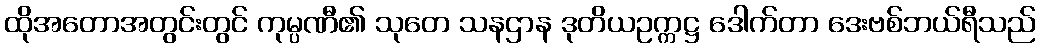
ထိုအတောအတွင်းတွင် ကုမ္ပဏီ၏ သုတေ သနဌာန ဒုတိယဥက္ကဋ္ဌ ဒေါက်တာ ဒေးဗစ်ဘယ်ရီသည်